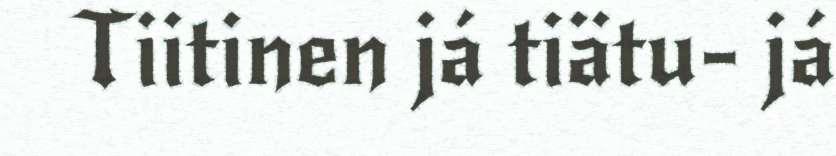
Tiitinen já tiätu- já